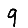
Digit: 9